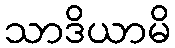
သာဒိယာမိ